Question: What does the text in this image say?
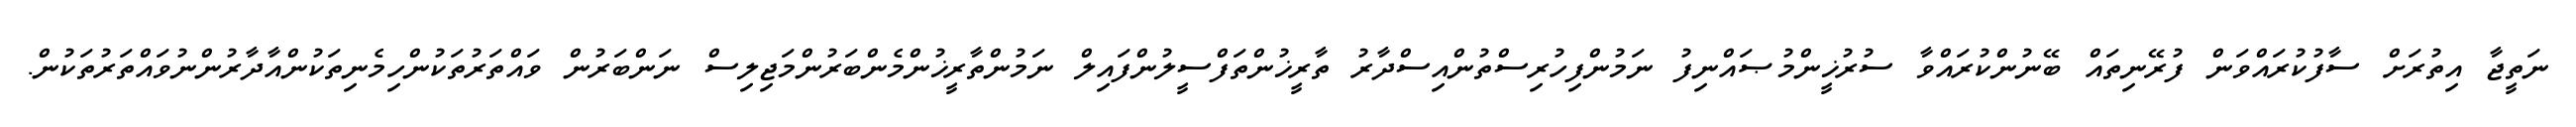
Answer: ނަތީޖާ އިތުރަށް ސާފުކުރައްވަން ފުރޭނިތައް ބޭނުންކުރައްވާ ސުރުޚީންމުޞައްނިފު ނަމުންފިހުރިސްތުންއިސްދާރު ތާރީޚުންތަފްސީލުންފައިލް ނަމުންތާރީޚުންމެންބަރުންމަޖިލިސް ނަންބަރުން ވައްތަރުތަކުންހިމެނިތަކުންއާދާރުންނުވައްތަރުތަކުން.